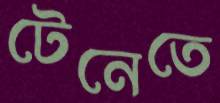
টেনেতে